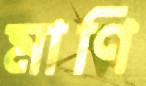
মাণি